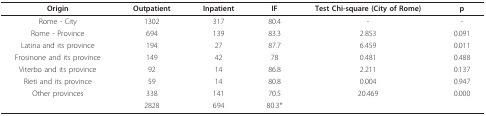
<table><thead><tr><td><b>Origin</b></td><td><b>Outpatient</b></td><td><b>Inpatient</b></td><td><b>IF</b></td><td><b>Test Chi-square (City of Rome)</b></td><td><b>p</b></td></tr></thead><tbody><tr><td>Rome - City</td><td>1302</td><td>317</td><td>80.4</td><td>-</td><td>-</td></tr><tr><td>Rome - Province</td><td>694</td><td>139</td><td>83.3</td><td>2.853</td><td>0.091</td></tr><tr><td>Latina and its province</td><td>194</td><td>27</td><td>87.7</td><td>6.459</td><td>0.011</td></tr><tr><td>Frosinone and its province</td><td>149</td><td>42</td><td>78</td><td>0.481</td><td>0.488</td></tr><tr><td>Viterbo and its province</td><td>92</td><td>14</td><td>86.8</td><td>2.211</td><td>0.137</td></tr><tr><td>Rieti and its province</td><td>59</td><td>14</td><td>80.8</td><td>0.004</td><td>0.947</td></tr><tr><td>Other provinces</td><td>338</td><td>141</td><td>70.5</td><td>20.469</td><td>0.000</td></tr><tr><td></td><td>2828</td><td>694</td><td>80.3*</td><td></td><td></td></tr></tbody></table>